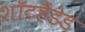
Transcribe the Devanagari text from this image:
शॉटहैंडेड